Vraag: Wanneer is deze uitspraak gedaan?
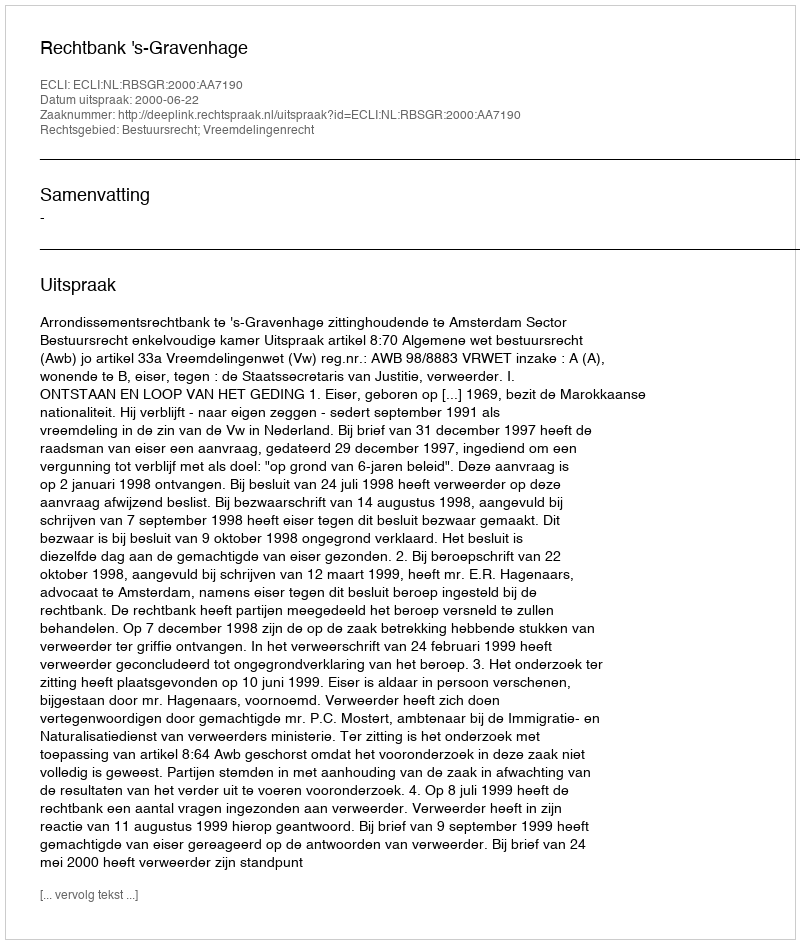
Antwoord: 2000-06-22